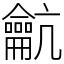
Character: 䶳